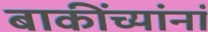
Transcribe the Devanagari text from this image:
बाकींच्यांनां